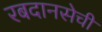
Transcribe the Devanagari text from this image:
रबदानसेची